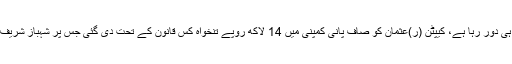
چیف جسٹس نے استفسار کیا کہ گزشتہ کئی برس سے آپ کا ہی دور رہا ہے، کیپٹن (ر)عثمان کو صاف پانی کمپنی میں 14 لاکھ روپے تنخواہ کس قانون کے تحت دی گئی جس پر شہباز شریف نے کہا کہ آپ مجھے کل بلالیں میں تفصیل لے کر آ ئو ں گا۔